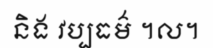
និង វប្បធម៌ ។ល។